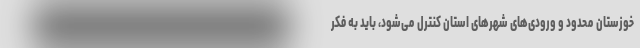
خوزستان محدود و ورودی‌های شهرهای استان کنترل می‌شود، باید به فکر